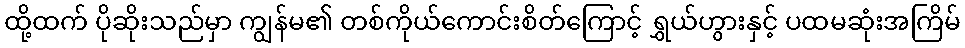
ထို့ထက် ပိုဆိုးသည်မှာ ကျွန်မ၏ တစ်ကိုယ်ကောင်းစိတ်ကြောင့် ရွှယ်ဟွားနှင့် ပထမဆုံးအကြိမ်